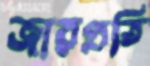
জারপ্রতি